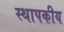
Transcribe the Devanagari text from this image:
स्थापकीय